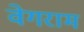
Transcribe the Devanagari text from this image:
वेगराम